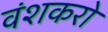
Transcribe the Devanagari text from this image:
वंशकरो